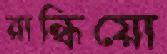
রান্ধিয়ো